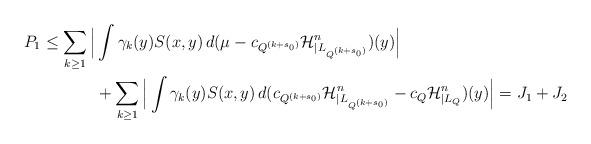
LaTeX: \begin{align*}P_1 \le \sum_{k \ge 1} \Big|& \int \gamma_k(y) S(x,y)\,d(\mu - c_{Q^{(k+s_0)}} \mathcal{H}^n_{\mid L_{Q^{(k+s_0)}}})(y)\Big | \\&+ \sum_{k \ge 1} \Big| \int \gamma_k(y) S(x,y)\,d(c_{Q^{(k+s_0)}} \mathcal{H}^n_{\mid L_{Q^{(k+s_0)}}} - c_Q \mathcal{H}^n_{\mid L_Q})(y)\Big | = J_1 + J_2\end{align*}